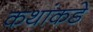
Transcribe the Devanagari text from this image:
कथांकडे